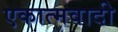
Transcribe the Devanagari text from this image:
एकात्मवादी